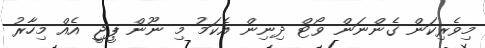
މިވެރިކަން ގެންނަން ވޯޓް ދިނިން އެކަމު މި ނޫން ޕީޖީ އެއް މިހާރު